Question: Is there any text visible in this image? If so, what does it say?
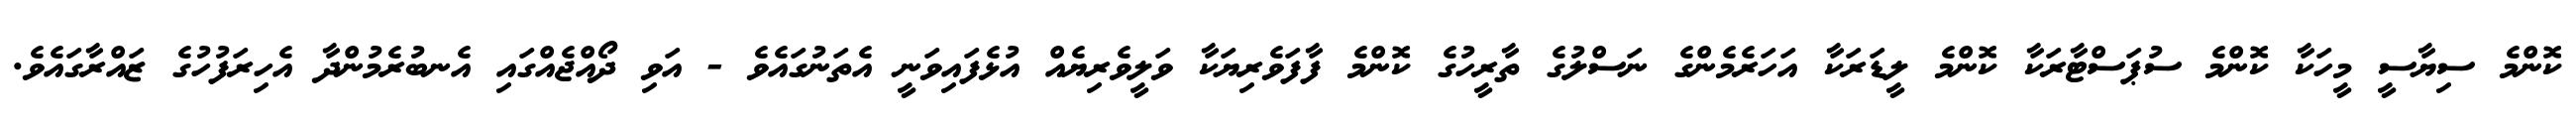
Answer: ކޮންމެ ސިޔާސީ މީހަކާ ކޮންމެ ސުޕަސްޓާރަކާ ކޮންމެ ލީޑަރަކާ އަހަރެމެންގެ ނަސްލުގެ ތާރީހުގެ ކޮންމެ ފާފަވެރިޔަކާ ވަލީވެރިޔެއް އުޅެފައިވަނީ އެތަނުގައެވެ - އަވި ދޯއްޖެއްގައި އެނބުރެމުންދާ އެހިރަފުހުގެ ޒައްރާގައެވެ.